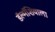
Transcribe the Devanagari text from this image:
डॅल्मॅशियाला